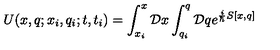
U ( x , q ; x _ { i } , q _ { i } ; t , t _ { i } ) = \int _ { x _ { i } } ^ { x } { \cal D } x \int _ { q _ { i } } ^ { q } { \cal D } q e ^ { { \frac { i } { \hbar } } S [ x , q ] }